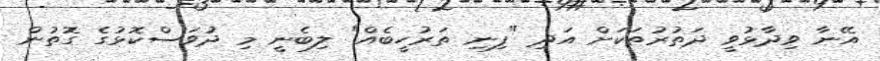
އޭނާ ވިދާޅުވީ ދަތުރުތަކަށް އަދި "ފިނި ތަރުހީބެއް" ލިބެނީ މި ދުވަސްކޮޅުގެ ގޮތުން